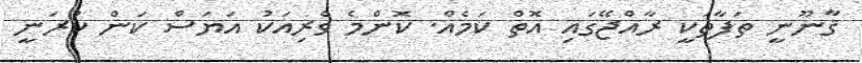
ޤާނޫނީ ތަފާތަކީ ރާއްޖޭގައި އޮތް ކަމެއް. ކޮންމެ ވެރިއަކު އަޔަސް ކަން ކުރަނީ